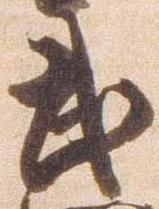
武